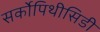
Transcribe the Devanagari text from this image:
सर्कोपिथीसिडी